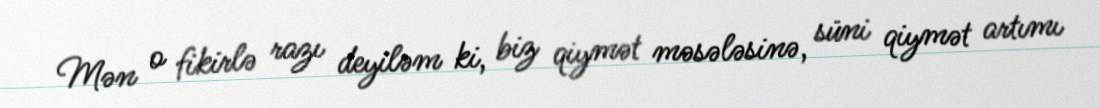
Mən o fikirlə razı deyiləm ki, biz qiymət məsələsinə, süni qiymət artımı